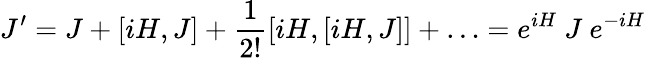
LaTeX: J^{\prime}=J+[iH,J]+\frac{1}{2!}[iH,[iH,J]]+\ldots=e^{iH}~J~e^{-iH}